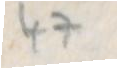
47